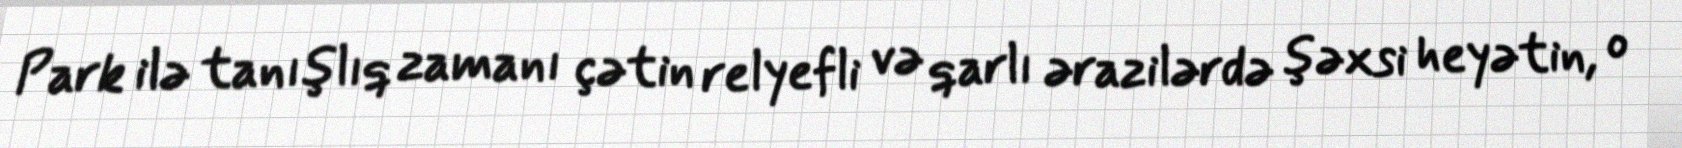
Park ilə tanışlıq zamanı çətin relyefli və qarlı ərazilərdə şəxsi heyətin, o